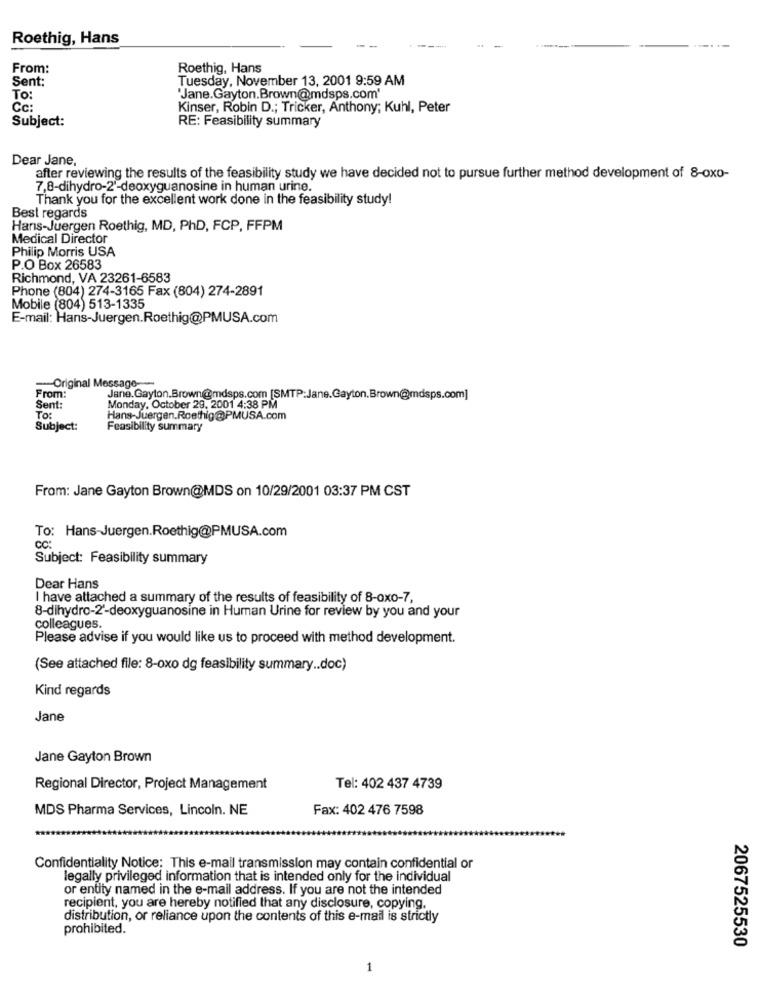
Roethig, Hans
From:
Roethig, Hans
Sent:
Tuesday, November 13, 2001 9:59 AM
To:
"Jane.Gayton.Brown@mdsps.com'
Cc:
Kinser, Robin D .; Tricker, Anthony; Kuhl, Peter
Subject:
RE: Feasibility summary
Dear Jane,
after reviewing the results of the feasibility study we have decided not to pursue further method development of 8-oxo-
7,8-dihydro-2'-deoxyguanosine in human urine.
Thank you for the excellent work done in the feasibility study!
Best regards
Hans-Juergen Roethig, MD, PhD, FCP, FFPM
Medical Director
Philip Morris USA
P.O Box 26583
Richmond, VA 23261-6583
Phone (804) 274-3165 Fax (804) 274-2891
Mobile (804) 513-1335
E-mail: Hans-Juergen.Roethig@PMUSA.com
-- Original Message-
From:
Jane.Gayton.Brown@mdsps.com [SMTP:Jane.Gayton.Brown@mdsps.com]
Sent:
Monday, October 29, 2001 4:38 PM
To:
Hans-Juergen.Roethig@PMUSA.com
Subject:
Feasibility summary
From: Jane Gayton Brown@MDS on 10/29/2001 03:37 PM CST
To: Hans-Juergen.Roethig@PMUSA.com
cc:
Subject: Feasibility summary
Dear Hans
I have attached a summary of the results of feasibility of 8-oxo-7,
8-dihydro-2'-deoxyguanosine in Human Urine for review by you and your
colleagues.
Please advise if you would like us to proceed with method development.
(See attached file: 8-oxo dg feasibility summary .. doc)
Kind regards
Jane
Jane Gayton Brown
Regional Director, Project Management
Tel: 402 437 4739
MDS Pharma Services, Lincoln. NE
Fax: 402 476 7598
Confidentiality Notice: This e-mail transmission may contain confidential or
legally privileged information that is intended only for the individual
or entity named in the e-mail address. If you are not the intended
recipient, you are hereby notified that any disclosure, copying,
distribution, or reliance upon the contents of this e-mail is strictly
prohibited.
2067525530
1